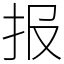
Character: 报